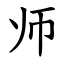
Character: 师